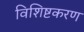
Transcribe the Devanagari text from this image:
विशिष्टकरण